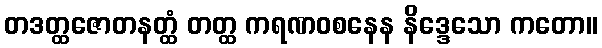
တဒတ္ထဇောတနတ္ထံ တတ္ထ ကရဏဝစနေန နိဒ္ဒေသော ကတော။